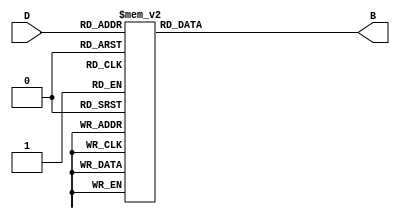
module DecimalToBinaryEncoder (
    input [3:0] D,   // 4-bit decimal input
    output reg [3:0] B // 4-bit binary output
);

always @(*) begin
    case (D)
        4'b0000: B = 4'b0000; // 0
        4'b0001: B = 4'b0001; // 1
        4'b0010: B = 4'b0010; // 2
        4'b0011: B = 4'b0011; // 3
        4'b0100: B = 4'b0100; // 4
        4'b0101: B = 4'b0101; // 5
        4'b0110: B = 4'b0110; // 6
        4'b0111: B = 4'b0111; // 7
        4'b1000: B = 4'b1000; // 8
        4'b1001: B = 4'b1001; // 9
        default: B = 4'bXXXX; // Invalid input (10-15)
    endcase
end

endmodule